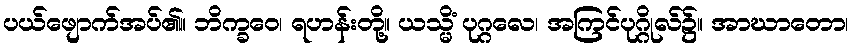
ပယ်ဖျောက်အပ်၏။ ဘိက္ခဝေ၊ ရဟန်းတို့။ ယသ္မိံ ပုဂ္ဂလေ၊ အကြင်ပုဂ္ဂိုလ်၌။ အာဃာတော၊